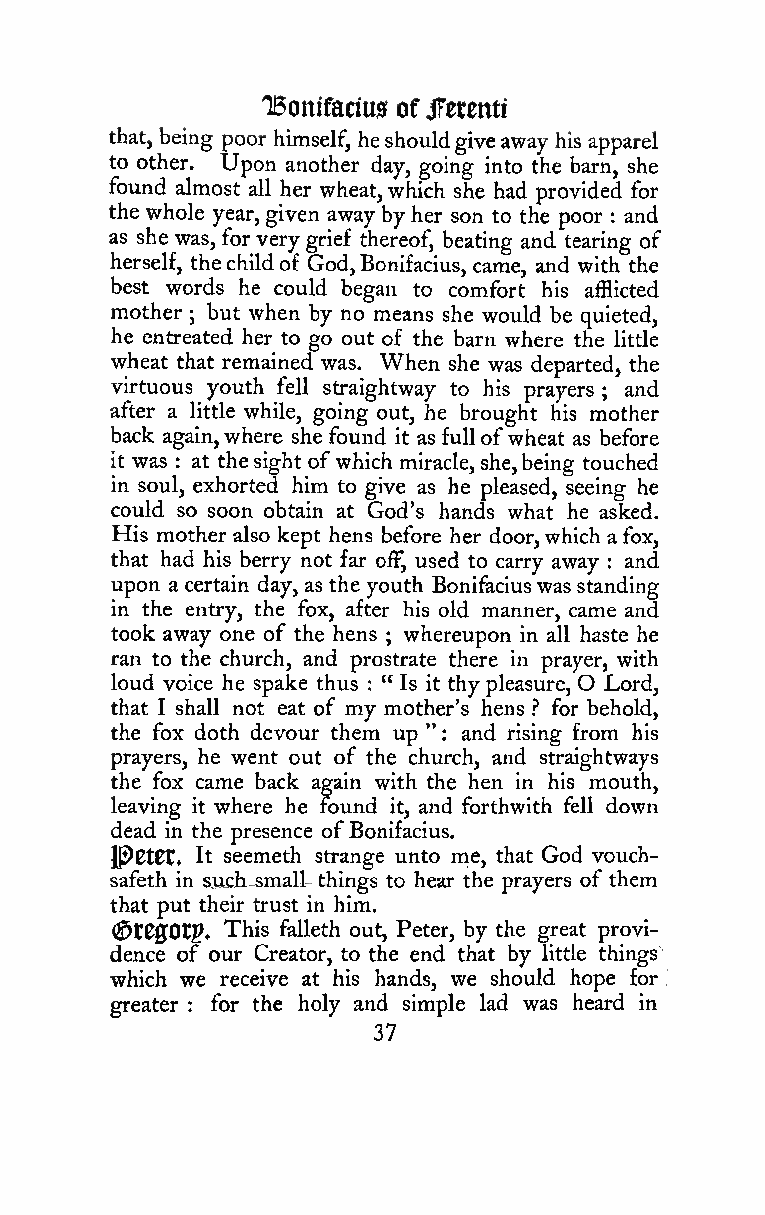
'Bonifaciu0ofJfetentr
 that, being poor himself, heshouldgiveaway his apparel
 to other. Upon another day, going into the barn, she
 found almost all her wheat, which she had provided for
 the whole year, given away by her son to the poor and
 :
 as she was, for verygrief thereof, beating and tearing of
 herself, thechildof God,Bonifacius, came, and with the
 best words he could began to comfort his afflicted
 mother ; but when by no means she would be quieted,
 he entreated her to go out of the barn where the little
 wheat that remained was. When she was departed, the
 virtuous youth fell straightway to his prayers and
 ;
 after a little while, going out, he brought his mother
 back again,where she found it as fullofwheat as before
 it was : at thesight ofwhich miracle, she,being touched
 in soul, exhorted him to give as he pleased, seeing he
 could so soon obtain at God's hands what he asked.
 His motheralso kept hens before her door,which a fox,
 that had his berry not far ofF, used to carry away : and
 upon a certain day, as the youth Bonifaciuswas standing
 in the entry, the fox, after his old manner, came and
 took away one of the hens whereupon in all haste he
 ;
 ran to the church, and prostrate there in prayer, with
 loud voice he spake thus : " Is it thypleasure, O Lord,
 that I shall not eat of my mother's hens ? for behold,
 the fox doth devour them up " and rising from his
 :
 prayers, he went out of the church, and straightways
 the fox came back again with the hen in his mouth,
 leaving it where he found it, and forthwith fell down
 dead in the presence ofBonifacius.
 IPCtCt. It seemeth strange unto me, that God vouch-
 safeth in sudLsmaU-things to hear the prayers of them
 that put their trust in him,
 (5t00Otp, This falleth out, Peter, by the great provi-
 dence of our Creator, to the end that by little things\
 which we receive at his hands, we should hope for
 greater for the holy and simple lad was heard in
 :
 37